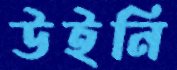
উইনি